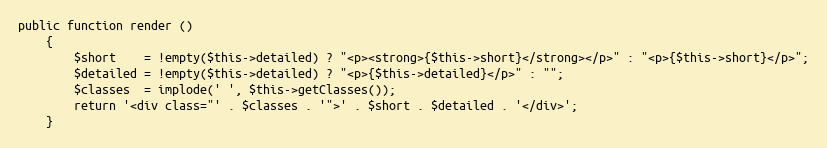
Language: PHP
public function render ()
    {
        $short    = !empty($this->detailed) ? "<p><strong>{$this->short}</strong></p>" : "<p>{$this->short}</p>";
        $detailed = !empty($this->detailed) ? "<p>{$this->detailed}</p>" : "";
        $classes  = implode(' ', $this->getClasses());
        return '<div class="' . $classes . '">' . $short . $detailed . '</div>';
    }